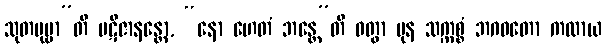
သုတပုဗ္ဗာ”တိ ပဋိဇာနန္တော, “နော ဟေတံ ဘန္တေ”တိ ဝတွာ ပုန သက္ကစ္စံ ဘဂဝတော ကထာယ